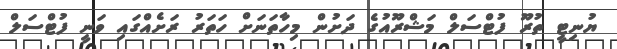
ޔުނިޓީ ތުރޫ ފުޓްސަލް މަޝްރޫއުގެ ދަށުން މިހާތަނަށް ހަތަރު ރަށެއްގައި ވަނީ ފުޓްސަލް